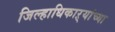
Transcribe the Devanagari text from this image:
जिल्हाधिकाऱ्यांच्या